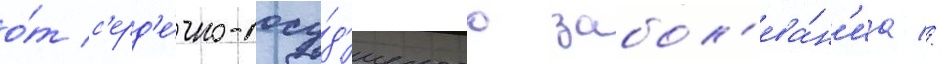
о́т с'ерд'е́чно-сосу́д'истого забол'ева́н'иа //